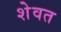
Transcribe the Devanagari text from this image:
शेवत